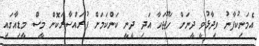
އެމަނިކުފާނު ވިދާޅުވީ ދީނަށް ހަޖޫޖަހާ އަދި ދީނީ ކަންކަމަށް ފުރައްސާރަކޮށް މީސް މީޑިއާގައި